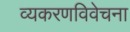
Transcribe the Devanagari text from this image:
व्यकरणविवेचना